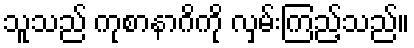
သူသည် ကုစာနာဂိကို လှမ်းကြည့်သည်။